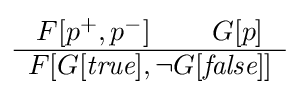
{\begin{array}{c}F[p^{+},p^{-}]\;\;\;\;\;\;\;\;G[p]\\\hline F[G[{\textit {true}}],\lnot G[{\textit {false}}]]\\\end{array}}